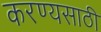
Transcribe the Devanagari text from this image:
करण्यसाठी